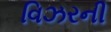
વિઝરની